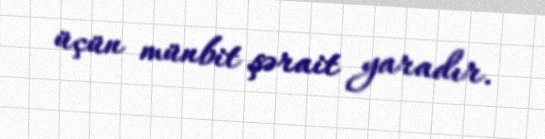
üçün münbit şərait yaradır.